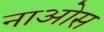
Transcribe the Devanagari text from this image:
नाओस